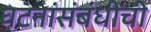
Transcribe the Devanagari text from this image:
घटनांसंबंधीची